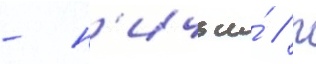
- н'ичьи́ / п